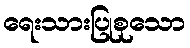
ရေးသားပြုစုသော